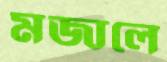
মজালে